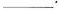
___.